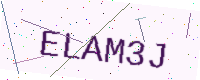
Text: ELAM3J